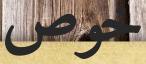
خوص